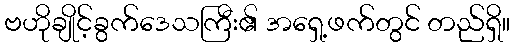
ဗဟိုချိုင့်ခွက်ဒေသကြီး၏ အရှေ့ဖက်တွင် တည်ရှိ။